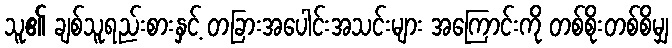
သူ၏ ချစ်သူရည်းစားနှင့် တခြားအပေါင်းအသင်းများ အကြောင်းကို တစ်စိုးတစ်စိမျှ